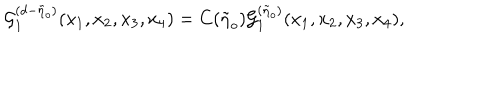
{ \cal { G } } _ { 1 } ^ { ( d - \tilde { \eta } _ { o } ) } ( x _ { 1 } , x _ { 2 } , x _ { 3 } , x _ { 4 } ) = C ( \tilde { \eta } _ { o } ) { \cal { G } } _ { 1 } ^ { ( \tilde { \eta } _ { o } ) } ( x _ { 1 } , x _ { 2 } , x _ { 3 } , x _ { 4 } ) ,